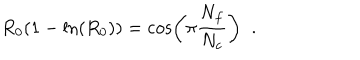
R _ { 0 } ( 1 - \ln ( R _ { 0 } ) ) = \cos \left( \pi \frac { N _ { f } } { N _ { c } } \right) \; \; .